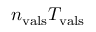
n _ { \mathrm { v a l s } } T _ { \mathrm { v a l s } }